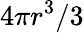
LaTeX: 4\pi r^{3}/3